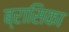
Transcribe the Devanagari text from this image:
ब्रासिका